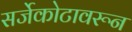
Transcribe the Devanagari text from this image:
सर्जेकोटावरून